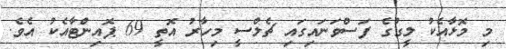
މި މޮޅާއެކު ލީގުގެ ފަސްވަނައިގައި ޗެލްސީ މިހާރު އޮތީ 69 ޕޮއިންޓާއެކު އެވެ.